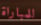
للمباراة